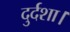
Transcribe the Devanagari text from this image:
दुर्दशा।